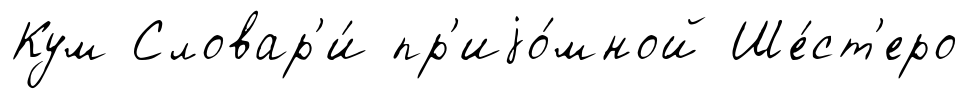
Кум Словар'и́ пр'иjо́мной Ше́ст'еро